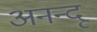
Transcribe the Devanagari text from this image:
अनन्‍दू